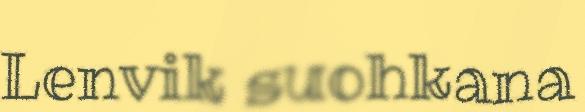
Lenvik suohkana